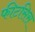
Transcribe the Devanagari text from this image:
फीटसिस